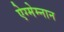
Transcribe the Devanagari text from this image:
ऐग्मेम्नान